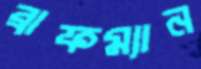
ব্রাফম্যান